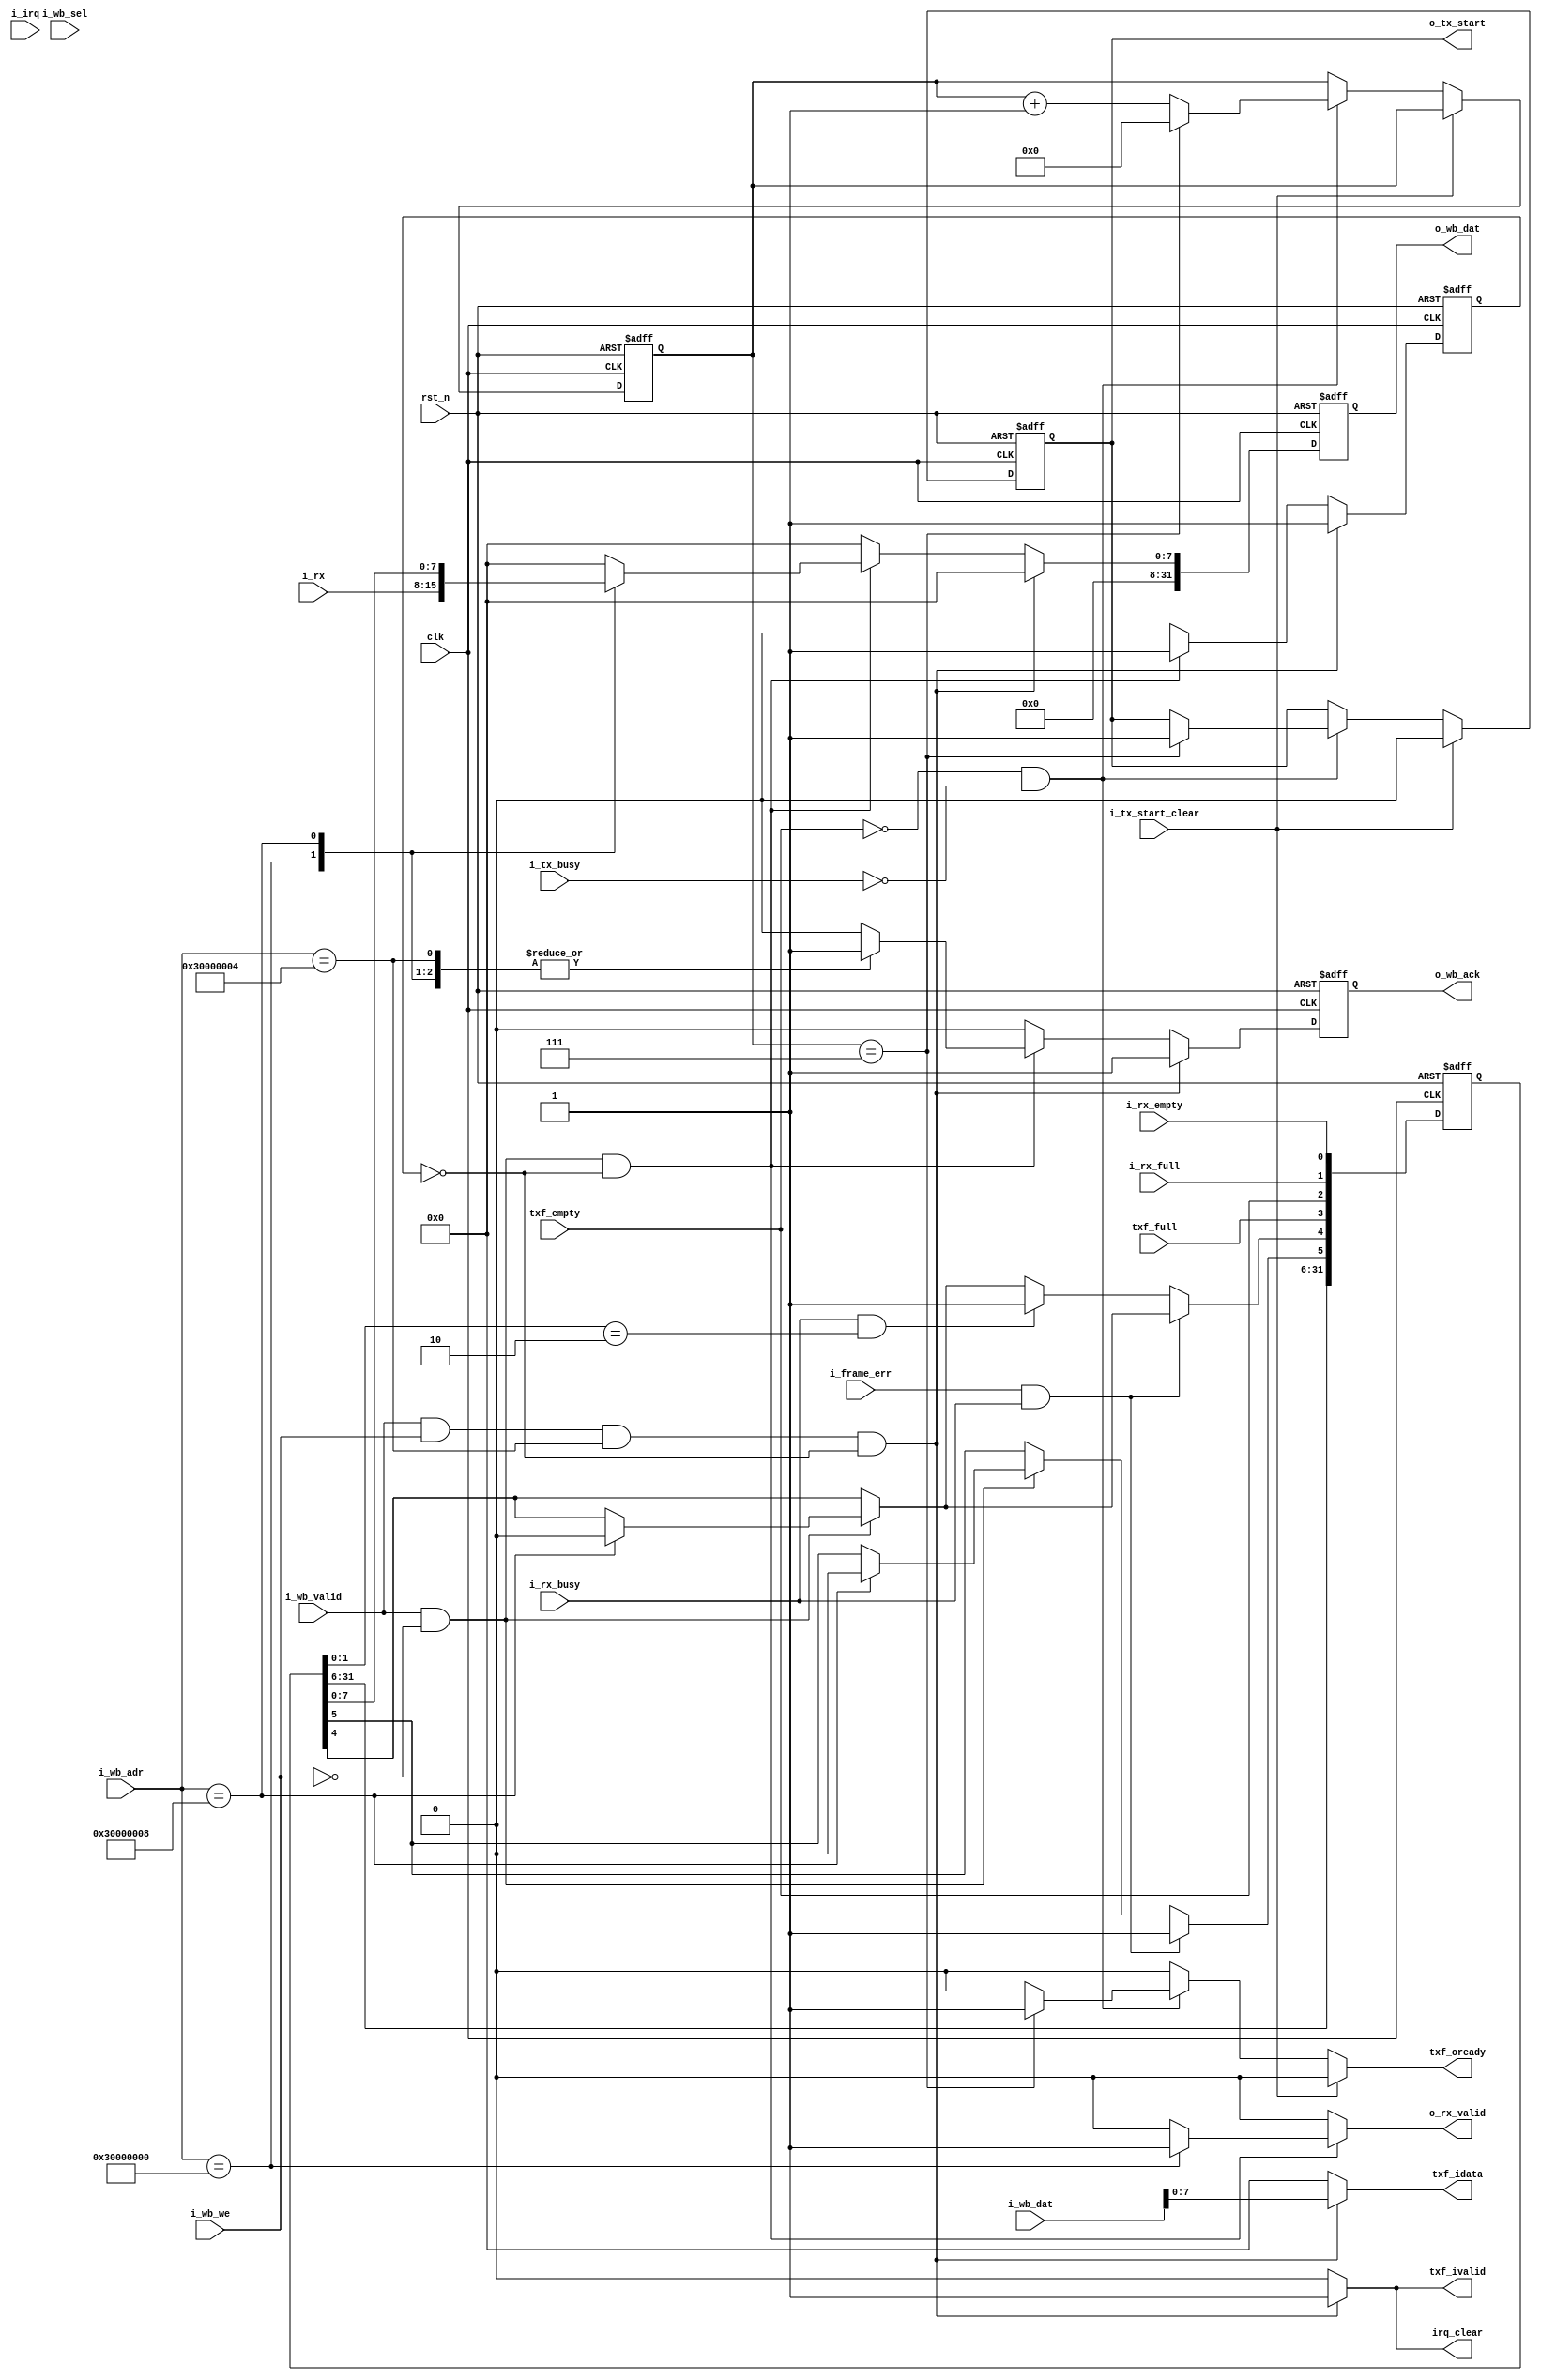
module ctrl(
    input wire        rst_n,
    input wire        clk,
    input wire        i_wb_valid,
    input wire [31:0] i_wb_adr,
    input wire        i_wb_we,
    input wire [31:0] i_wb_dat,
    input wire [3:0]  i_wb_sel,
    output reg        o_wb_ack,
    output reg [31:0] o_wb_dat,
    input wire [7:0]  i_rx,
    input wire        i_irq,
    input wire        i_rx_busy,
    input wire        i_frame_err,
    input wire        i_tx_start_clear,
    input wire        i_tx_busy,
    output reg        o_tx_start,
    output reg        o_rx_valid,
    input wire        i_rx_full,
    input wire        i_rx_empty,
    output reg        irq_clear,
    
    input wire txf_full,
    input wire txf_empty,
    output reg txf_oready,
    output reg txf_ivalid,
    output reg [7:0] txf_idata
    
);

// Declare the UART memory mapped registers address
localparam RX_DATA  = 32'h3000_0000;

localparam TX_DATA	= 32'h3000_0004;

localparam STAT_REG = 32'h3000_0008;

//+------+-------+-------+-------+-------+-------+-------+-------+-------+-------+-------+
//|RX_DATA |  RESERVERD  |                        DATA BITS                              |
//|        |    31-8     |  7    |  6    |  5    |  4    |  3    |  2    |  1    |  0    |
//+------+-------+-------+-------+-------+-------+-------+-------+-------+-------+-------+
//|TX_DATA |  RESERVERD  |                        DATA BITS                              |
//|        |    31-8     |  7    |  6    |  5    |  4    |  3    |  2    |  1    |  0    |
//+------+-------+-------+-------+-------+-------+-------+-------+-------+-------+-------+-------+-------+
//|STAT_REG|  RESERVERD  |  Frame Err  |  Overrun Err  |  Tx_full  |  Tx_empty  |  Rx_full  |  Rx_empty |
//|        |    31-6     |  5          |  4            |  3        |  2         |  1        |  0        |
//+------+-------+-------+-------+-------+-------+-------+-------+-------+-------+-------+-------+-------+

//reg [31:0] rx_buffer;
reg [31:0] tx_buffer;
reg [31:0] stat_reg;    
reg tx_start_local;


reg [3:0] o_wb_state_w, o_wb_state_r;
reg [7:0] o_wb_dat_w;
reg o_wb_ack_w;
localparam IDLE = 4'b0000;
localparam RX = 4'b0001;
localparam TX = 4'b0010;

wire txf_ovalid;
wire [7:0] txf_odata;

// signal fot tx
reg o_tx_start_w;
reg [4:0] tx_wait_cnt_r, tx_wait_cnt_w;

reg wb_pause_w, wb_pause_r;

always @(*) begin
    o_wb_ack_w = 0;
    o_wb_dat_w = 0;
    o_wb_state_w = o_wb_state_r;
    o_rx_valid = 0;
    txf_ivalid = 1'b0;
    txf_idata = 8'h0;
    wb_pause_w = 0;
    irq_clear = 0;

    if(i_wb_valid && !i_wb_we && !wb_pause_r)begin
        wb_pause_w = 1'b1;
        case(i_wb_adr)
            RX_DATA:begin
                o_wb_state_w = RX;
                o_wb_dat_w = i_rx;
                o_wb_ack_w = 1'b1;
                o_rx_valid = 1'b1;
            end
            STAT_REG:begin
                o_wb_state_w = IDLE;
                o_wb_dat_w = stat_reg;
                o_wb_ack_w = 1'b1;
            end
            TX_DATA:begin 
                o_wb_state_w = IDLE;
                o_wb_dat_w = 32'h00000000;
                o_wb_ack_w = 1'b1;
            end
        endcase
    end
    if(i_wb_valid && i_wb_we && i_wb_adr == TX_DATA && !wb_pause_r)begin
        o_wb_dat_w = 32'h00000000;
        o_wb_ack_w = 1'b1;
        txf_ivalid = 1'b1;
        txf_idata = i_wb_dat[7:0];
        wb_pause_w = 1'b1;
        irq_clear = 1'b1;
    end


end

always @(posedge clk or negedge rst_n) begin
    if(!rst_n) begin
        o_wb_state_r <= IDLE;
        o_wb_dat <= 32'h00000000;
        o_wb_ack <= 1'b0;
        wb_pause_r <= 1'b0;
    end else begin
        o_wb_state_r <= o_wb_state_w;
        o_wb_dat <= o_wb_dat_w;
        o_wb_ack <= o_wb_ack_w;
        wb_pause_r <= wb_pause_w;
    end
end


always @(*) begin
    o_tx_start_w = o_tx_start;
    //o_tx_w = 8'h0;
    tx_wait_cnt_w = tx_wait_cnt_r;
    txf_oready = 1'b0;
    if(i_tx_start_clear)begin
        o_tx_start_w = 1'b0;
    end

    else if(!txf_empty && !i_tx_busy)begin
        if(tx_wait_cnt_r == 7)begin
            o_tx_start_w = 1'b1;
            txf_oready = 1'b1;
            tx_wait_cnt_w = 0;
        end
        else begin
            o_tx_start_w = o_tx_start;
            txf_oready = 1'b0;
            tx_wait_cnt_w = tx_wait_cnt_r + 1;
        end
    end
end

always @(posedge clk or negedge rst_n) begin
    if(!rst_n)begin
        o_tx_start <= 1'b0;
        //o_tx <= 8'b0;
        tx_wait_cnt_r <= 0;
    end
    else begin
        o_tx_start <= o_tx_start_w;
        //o_tx <= o_tx_w;
        tx_wait_cnt_r <= tx_wait_cnt_w;
    end
end

// state register

always@(posedge clk or negedge rst_n)begin
    if(!rst_n)begin
        stat_reg <= 32'h0000_0005;
    end else begin
        if(i_wb_valid && !i_wb_we)begin
            if(i_wb_adr==STAT_REG)
                stat_reg[5:4] <= 2'b00;
        end
        stat_reg[3:0] <= {txf_full, txf_empty, i_rx_full, i_rx_empty};

        if(i_frame_err && i_rx_busy)
            stat_reg[5] <= 1'b1;
        else if(i_rx_busy && stat_reg[1:0]==2'b10)
            stat_reg[4] <= 1'b1;
    end
end

endmodule